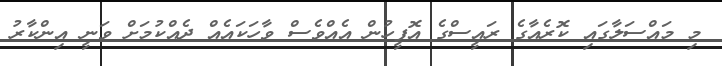
މި މައްސަލާގައި ކޮރެއާގެ ރައީސްގެ އޮފީހުން އެއްވެސް ވާހަކައެއް ދެއްކުމަށް ވަނީ އިންކާރު